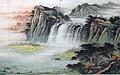
回头流水小桥东，烟扫画楼出。